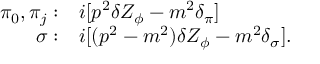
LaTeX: \begin{array} { r l } { { \pi _ { 0 } , \pi _ { j } : } } & { { i [ p ^ { 2 } \delta Z _ { \phi } - m ^ { 2 } \delta _ { \pi } ] } } \\ { { \sigma : } } & { { i [ ( p ^ { 2 } - m ^ { 2 } ) \delta Z _ { \phi } - m ^ { 2 } \delta _ { \sigma } ] . } } \end{array}